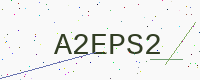
Text: A2EPS2